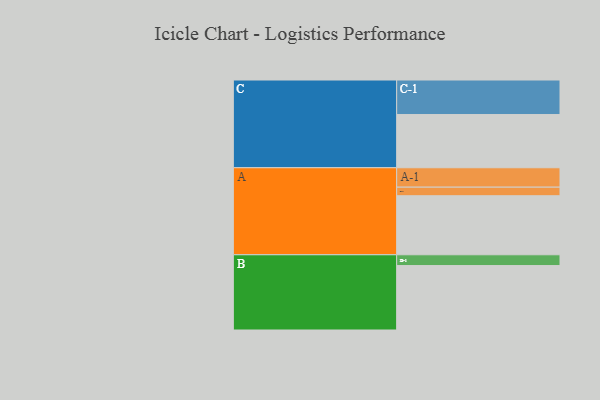
{"axis": {"x": "Segment", "y": "Value"}, "legend": ["", "A", "B", "C"], "data": [{"x": "A", "y": 481, "type": ""}, {"x": "B", "y": 525, "type": ""}, {"x": "C", "y": 434, "type": ""}, {"x": "A-1", "y": 158, "type": "A"}, {"x": "A-2", "y": 70, "type": "A"}, {"x": "B-1", "y": 88, "type": "B"}, {"x": "C-1", "y": 281, "type": "C"}]}